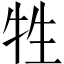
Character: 牲